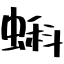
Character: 蝌